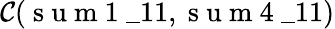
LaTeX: \mathcal{C}(\mathrm{~s~u~m~1~}\_ {11},\mathrm{~s~u~m~4~}\_ {11})